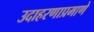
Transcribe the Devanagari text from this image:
उदाहरणाप्रमाणे